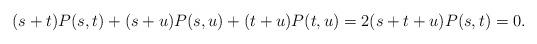
LaTeX: \begin{align*}(s+t)P(s,t)+(s+u)P(s,u)+(t+u)P(t,u)=2(s+t+u)P(s,t)=0.\end{align*}